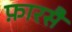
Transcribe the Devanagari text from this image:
फ़ारसै